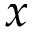
x